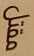
مقتل